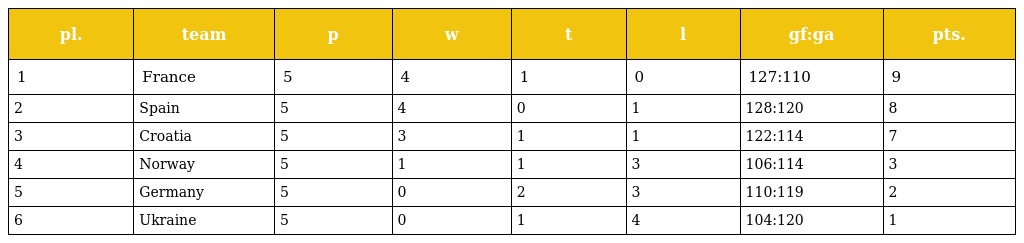
| pl. | team | p | w | t | l | gf:ga | pts. |
 | --- | --- | --- | --- | --- | --- | --- | --- |
 | 1 | France | 5 | 4 | 1 | 0 | 127:110 | 9 |
 | 2 | Spain | 5 | 4 | 0 | 1 | 128:120 | 8 |
 | 3 | Croatia | 5 | 3 | 1 | 1 | 122:114 | 7 |
 | 4 | Norway | 5 | 1 | 1 | 3 | 106:114 | 3 |
 | 5 | Germany | 5 | 0 | 2 | 3 | 110:119 | 2 |
 | 6 | Ukraine | 5 | 0 | 1 | 4 | 104:120 | 1 |